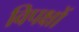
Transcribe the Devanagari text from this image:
विपक्षों